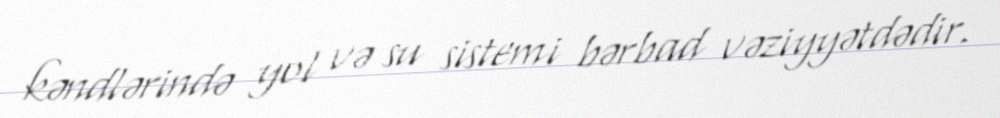
kəndlərində yol və su sistemi bərbad vəziyyətdədir.